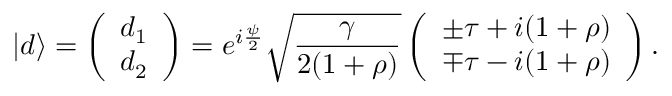
| d \rangle = \left( \begin{array} { l } { d _ { 1 } } \\ { d _ { 2 } } \end{array} \right) = e ^ { i \frac { \psi } { 2 } } \sqrt { \frac { \gamma } { 2 ( 1 + \rho ) } } \left( \begin{array} { l } { \pm \tau + i ( 1 + \rho ) } \\ { \mp \tau - i ( 1 + \rho ) } \end{array} \right) .